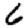
Digit: 6